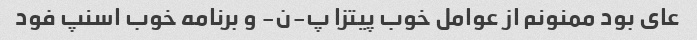
عای بود ممنونم از عوامل خوب پیتزا پ-ن- و برنامه خوب اسنپ فود